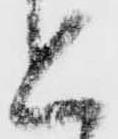
と